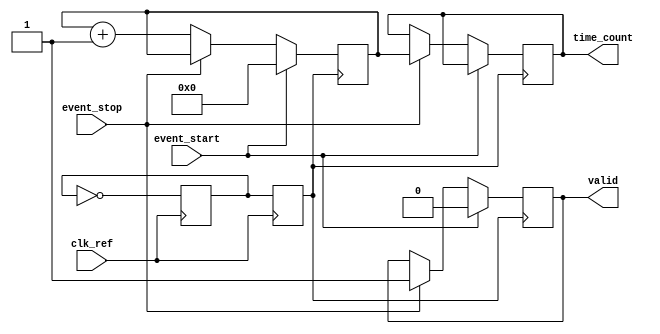
module TDC_PLL (
    input wire clk_ref,         // Reference clock input
    input wire event_start,     // Start event signal
    input wire event_stop,      // Stop event signal
    output reg [31:0] time_count, // Measured time interval in clock cycles
    output reg valid            // Valid output signal
);

    // PLL Parameters
    parameter NUM_BITS = 32;    // Number of bits for counter
    reg [NUM_BITS-1:0] counter;  // Counter for clock cycles
    reg clk_out;                 // Output clock from PLL
    reg clk_feedback;            // Feedback clock for PLL

    // PLL Simulation (Placeholder)
    always @(posedge clk_ref) begin
        // Simple feedback loop to simulate PLL behavior
        clk_feedback <= ~clk_feedback;
        clk_out <= clk_feedback; // In a real design, this would be a VCO output based on the loop filter
    end

    // Counter Logic
    always @(posedge clk_out) begin
        if (event_start) begin
            counter <= 0;        // Reset counter on start event
            valid <= 0;          // Invalid output initially
        end else if (event_stop) begin
            time_count <= counter; // Capture counter value on stop event
            valid <= 1;           // Mark output as valid
        end else begin
            counter <= counter + 1; // Increment counter
        end
    end

endmodule